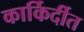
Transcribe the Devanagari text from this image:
कार्किर्दीत